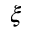
\xi